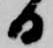
日